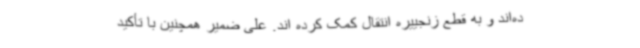
ده‌اند و به قطع زنجییره انتقال کمک کرده اند. علی ضمیر همچنین با تأکید